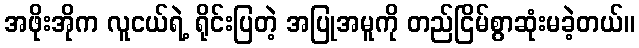
အဖိုးအိုက လူငယ်ရဲ့ ရိုင်းပြတဲ့ အပြုအမူကို တည်ငြိမ်စွာဆုံးမခဲ့တယ်။